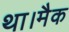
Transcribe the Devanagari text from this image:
था।मैक